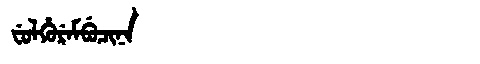
Manchu: ᠸᡠᠯᡥᡠᡵᡝᠮᠪᡠᠴᡳᠨᠠ
Romanization: FULHUREMBUCINA